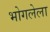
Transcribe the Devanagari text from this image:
भोगलेला